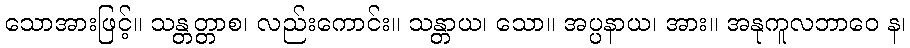
သောအားဖြင့်။ သန္တတ္တာစ၊ လည်းကောင်း။ သန္တာယ၊ သော။ အပ္ပနာယ၊ အား။ အနုကူလဘာဝေ န၊